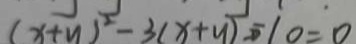
( x + y ) ^ { 2 } - 3 ( x + y ) - 1 0 = 0